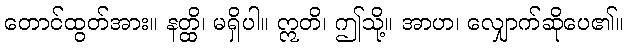
တောင်ထွတ်အား။ နတ္ထိ၊ မရှိပါ။ ဣတိ၊ ဤသို့။ အာဟ၊ လျှောက်ဆိုပေ၏။